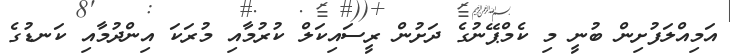
އަމިއްލަފުށިން ބުނީ މި ކެމްޕޭނުގެ ދަށުން ރީސައިކަލް ކުރުމާއި މުރަކަ އިންދުމާއި ކަނޑުގެ